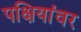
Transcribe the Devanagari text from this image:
पक्षियांवर